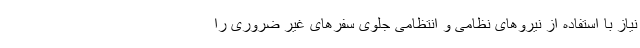
نیاز با استفاده از نیروهای نظامی و انتظامی جلوی سفرهای غیر ضروری را